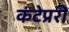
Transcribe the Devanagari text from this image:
कंटेप्ररी